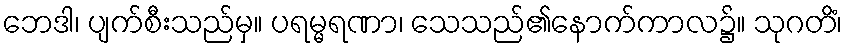
ဘေဒါ၊ ပျက်စီးသည်မှ။ ပရမ္မရဏာ၊ သေသည်၏နောက်ကာလ၌။ သုဂတိံ၊